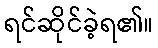
ရင်ဆိုင်ခဲ့ရ၏။